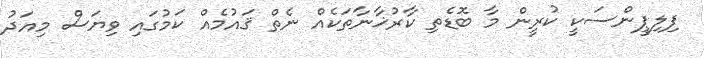
ފިލިޕީންސަކީ ކުރީން މާ ބޮޑެތި ކާރުޚާނާތަކެއް ނެތް ޤައުމެއް ކަމުގައި ވިޔަސް މިއަދު